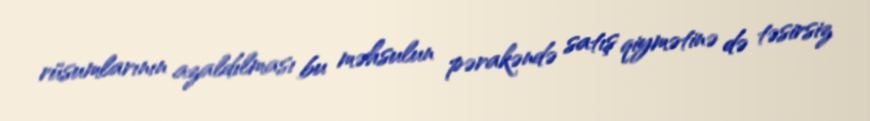
rüsumlarının azaldılması bu məhsulun pərakəndə satış qiymətinə də təsirsiz